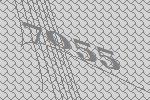
7055